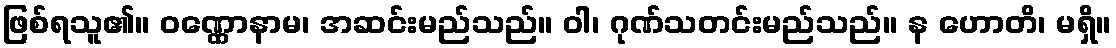
ဖြစ်ရသူ၏။ ဝဏ္ဏောနာမ၊ အဆင်းမည်သည်။ ဝါ၊ ဂုဏ်သတင်းမည်သည်။ န ဟောတိ၊ မရှိ။